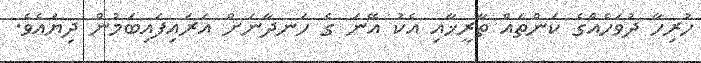
ހުރިހާ ދުވަހެއްގެ ކަންތައް ތާރީޚާއި އެކު އޭނަ ގެ ހަނދާނަށް އަރައިފައިބަމުން ދިޔައެވެ.